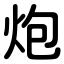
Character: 炮